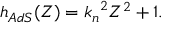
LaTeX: h _ { A d S } ( Z ) = { k _ { n } } ^ { 2 } Z ^ { 2 } + 1 .